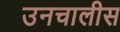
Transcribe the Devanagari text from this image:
उनचालीस